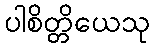
ပါစိတ္တိယေသု